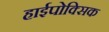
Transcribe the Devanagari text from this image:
हाईपोक्सिक